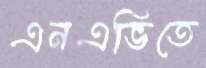
এনএভিতে